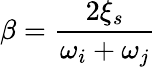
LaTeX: \beta=\frac{2\xi_{s}}{\omega_{i}+\omega_{j}}